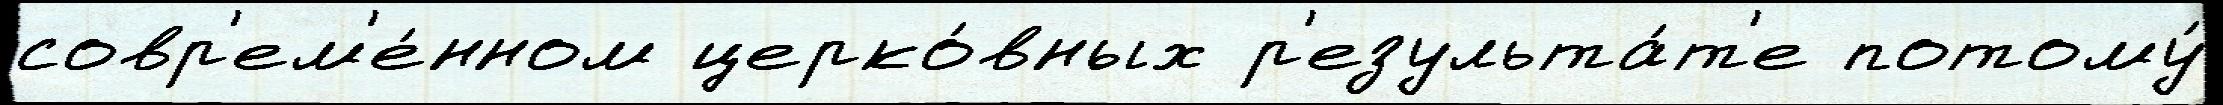
совр'ем'е́нном церко́вных р'езульта́т'е потому́